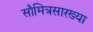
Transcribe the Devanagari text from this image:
सौमित्रसारख्या